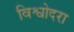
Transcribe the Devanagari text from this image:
विश्वोदरा